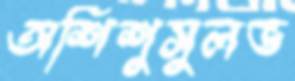
অশিশুসুলভ